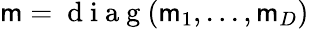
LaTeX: \mathsf{m}=\mathrm{{~d~i~a~g~}}(\mathsf{m}_{1},...,\mathsf{m}_{D})